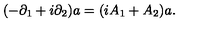
( - \partial _ { 1 } + i \partial _ { 2 } ) a = ( i A _ { 1 } + A _ { 2 } ) a .